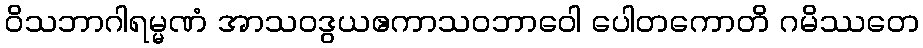
ဝိသဘာဂါရမ္မဏံ အာသဝဒွယဧကာသဝဘာဝေါ ပေါတကောတိ ဂမိဿတေ